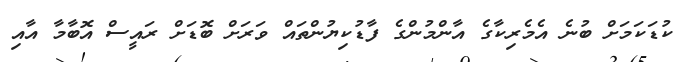
ކުޑަކަމަށް ބުނެ އެމެރިކާގެ އާންމުންގެ ފާޑުކިޔުންތައް ވަރަށް ބޮޑަށް ރައީސް އޮބާމާ އާއި